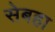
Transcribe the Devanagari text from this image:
सेबहा